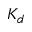
K _ { d }